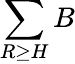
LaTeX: \sum\limits_{R\geq H}B